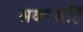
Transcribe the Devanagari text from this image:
अकासहिं